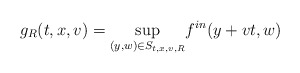
\begin{align*}g_{R}(t,x,v)=\underset{(y,w) \in S_{t,x,v,R}}{\sup} f^{in}(y+vt,w) \end{align*}